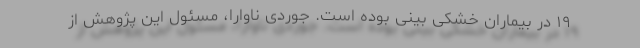
۱۹ در بیماران خشکی بینی بوده است. جوردی ناوارا، مسئول این پژوهش از